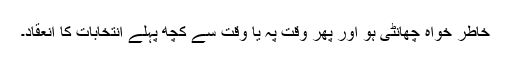
خاطر خواہ چھانٹی ہو اور پھر وقت پہ یا وقت سے کچھ پہلے انتخابات کا انعقاد۔